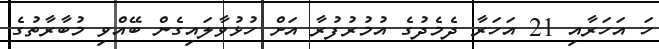
ހަ އަހަރާއި 21 އަހަރާ ދެމެދުގެ އުމުރުފުރާ އަށް ހުޅުވާލައިގެން ބޭއްވި މުބާރާތުގެ